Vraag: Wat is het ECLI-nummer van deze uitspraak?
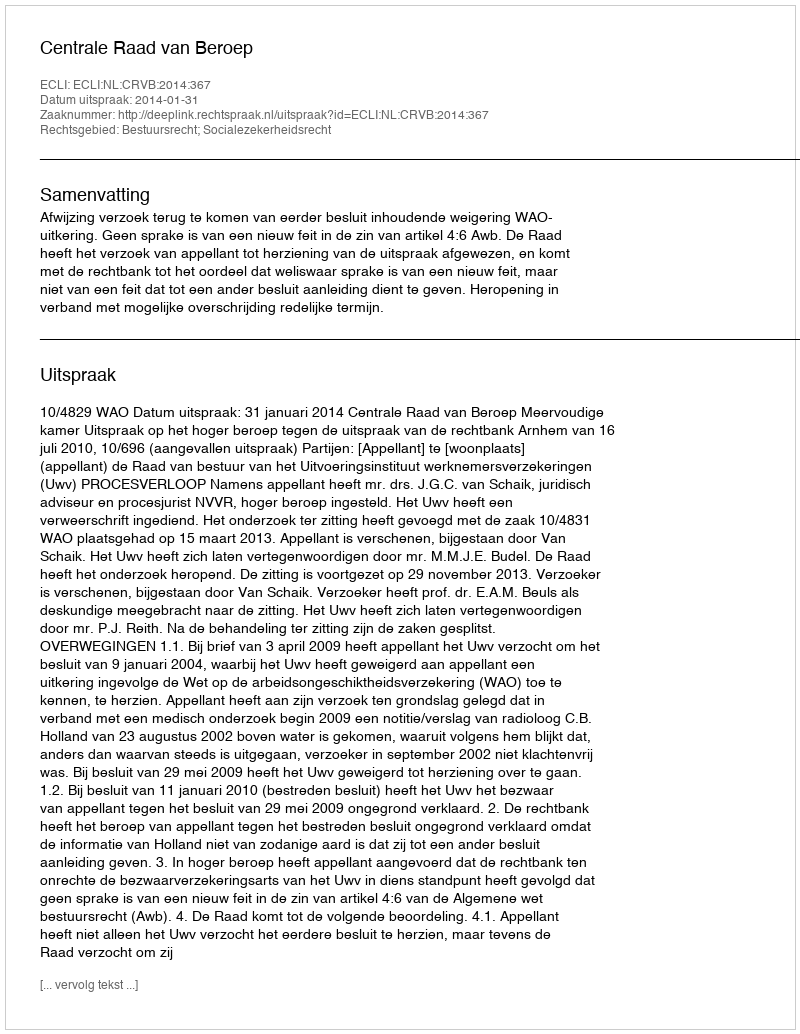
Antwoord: ECLI:NL:CRVB:2014:367